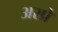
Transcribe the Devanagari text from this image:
अस्प्रे